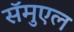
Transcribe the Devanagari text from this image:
सॅमुएल